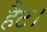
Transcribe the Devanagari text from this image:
हैट।